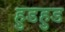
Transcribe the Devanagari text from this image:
हुडहुड